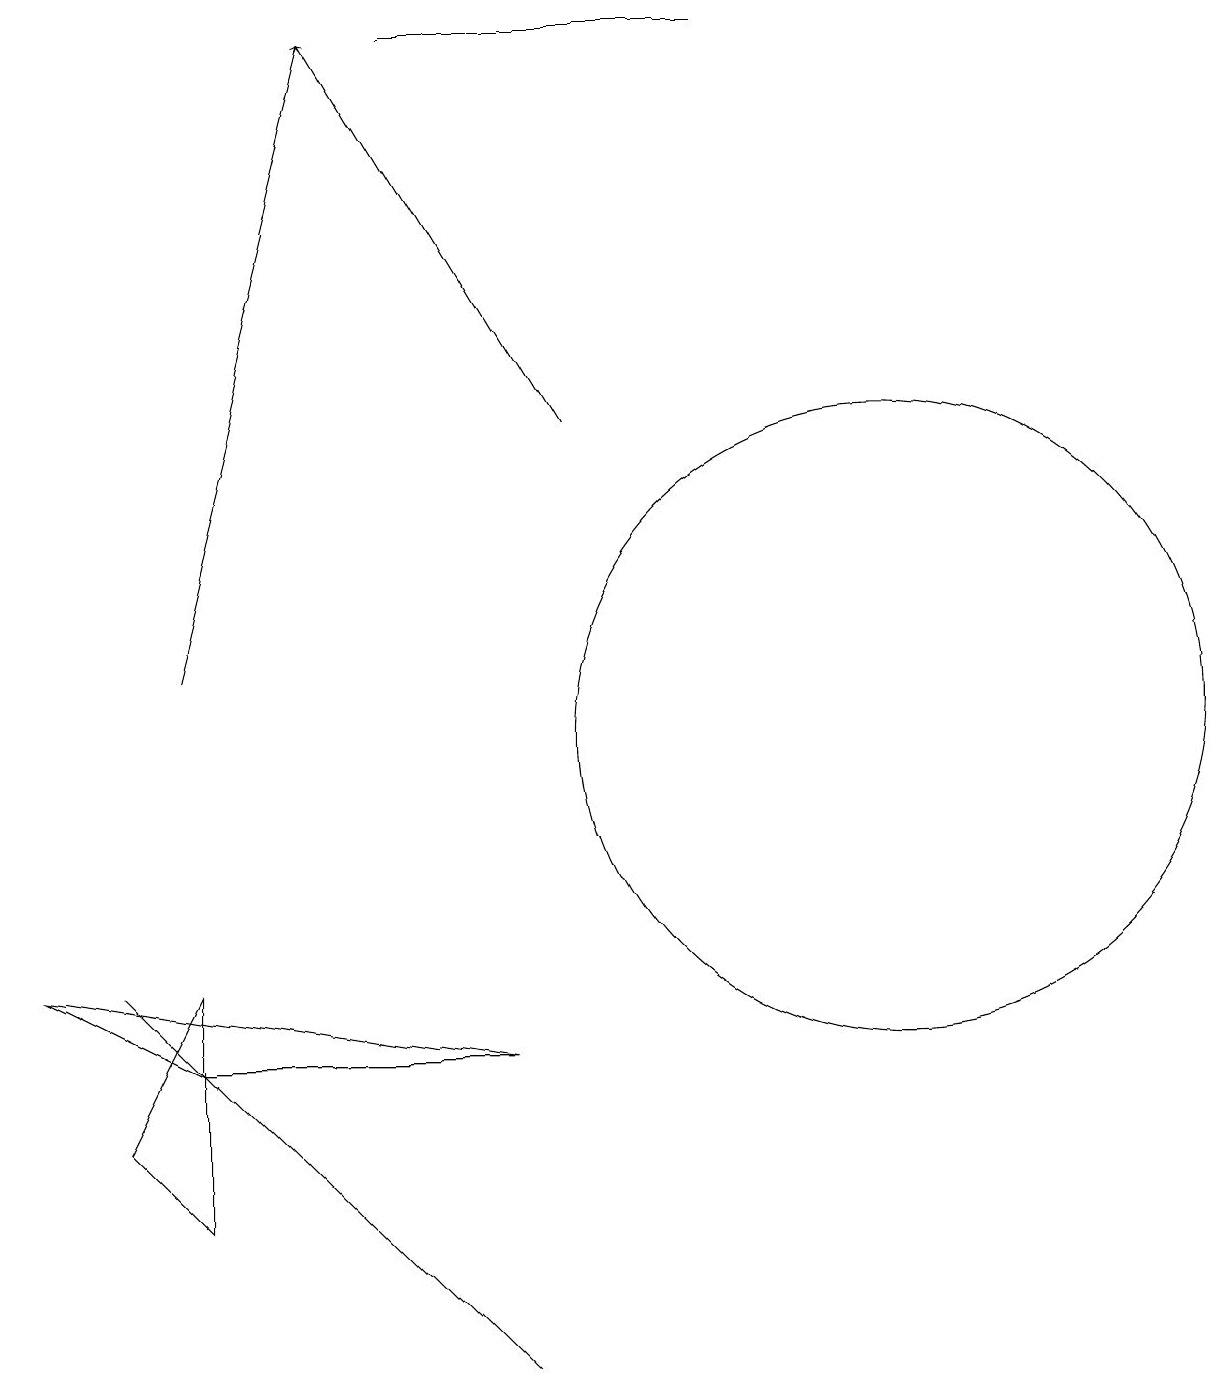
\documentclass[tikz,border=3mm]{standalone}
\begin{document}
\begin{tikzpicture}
\draw (2,7) -- (1,5) -- (2,4) -- cycle;
\draw (11,10) circle (4);
\draw (1,7) -- (1,7) -- (6,2) -- cycle;
\draw[->] (2,11) -- (4,19);
\draw[->] (7,14) -- (4,19);
\draw (2,6) -- (0,7) -- (6,6) -- cycle;
\draw (9,19) rectangle (5,19);
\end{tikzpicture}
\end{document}